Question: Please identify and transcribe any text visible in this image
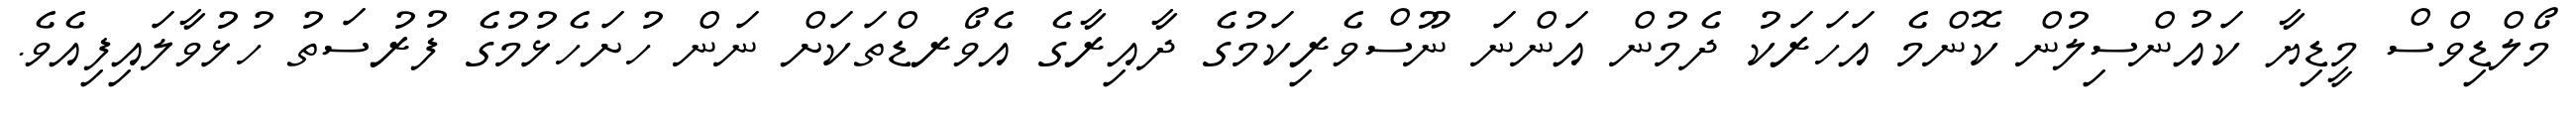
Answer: މޯލްޑިވްސް މީޑިޔާ ކައުންސިލުން ކޮންމެ އަހަރަކު ދެމުން އަންނަ ނޫސްވެރިކަމުގެ ދާއިރާގެ އެވޯރޑްތަކަށް ނަން ހުށަހެޅުމުގެ ފުރުސަތު ހުޅުވާލައިފިއެވެ.